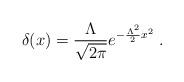
LaTeX: \begin{align*}\delta (x) = \frac{\Lambda }{\sqrt{2 \pi}} e^{-\frac{\Lambda^2 }{2} x^2 } \ .\end{align*}